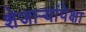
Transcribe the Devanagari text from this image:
शेजाऱ्यांपेक्षा